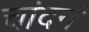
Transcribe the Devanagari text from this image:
चांदनं